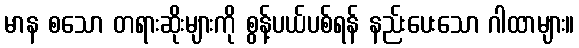
မာန စသော တရားဆိုးများကို စွန့်ပယ်ပစ်ရန် နည်းပေးသော ဂါထာများ။